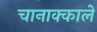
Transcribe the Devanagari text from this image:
चानाक्काले